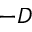
- D